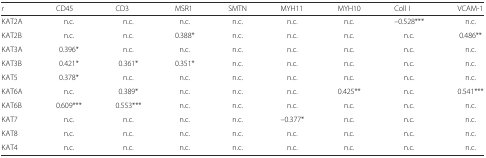
| r | CD45 | CD3 | MSR1 | SMTN | MYH11 | MYH10 | Coll I | VCAM-1 |
 | --- | --- | --- | --- | --- | --- | --- | --- | --- |
 | KAT2A | n.c. | n.c. | n.c. | n.c. | n.c. | n.c. | –0.528*** | n.c. |
 | KAT2B | n.c. | n.c. | 0.388* | n.c. | n.c. | n.c. | n.c. | 0.486** |
 | KAT3A | 0.396* | n.c. | n.c. | n.c. | n.c. | n.c. | n.c. | n.c. |
 | KAT3B | 0.421* | 0.361* | 0.351* | n.c. | n.c. | n.c. | n.c. | n.c. |
 | KAT5 | 0.378* | n.c. | n.c. | n.c. | n.c. | n.c. | n.c. | n.c. |
 | KAT6A | n.c. | 0.389* | n.c. | n.c. | n.c. | 0.425** | n.c. | 0.541*** |
 | KAT6B | 0.609*** | 0.553*** | n.c. | n.c. | n.c. | n.c. | n.c. | n.c. |
 | KAT7 | n.c. | n.c. | n.c. | n.c. | –0.377* | n.c. | n.c. | n.c. |
 | KAT8 | n.c. | n.c. | n.c. | n.c. | n.c. | n.c. | n.c. | n.c. |
 | KAT4 | n.c. | n.c. | n.c. | n.c. | n.c. | n.c. | n.c. | n.c. |